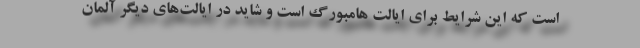
است که این شرایط برای ایالت هامبورگ است و شاید در ایالت‌های دیگر آلمان